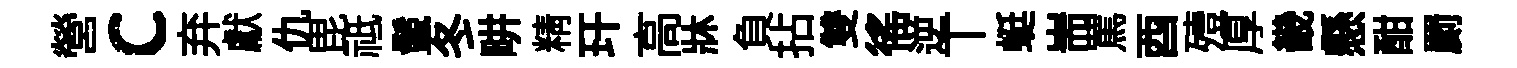
營c弃獻仇毘祗鬛冬畊精玕高牀負拈雙徭逆丅蜓耑罵酉殪厚畿懸酣罽